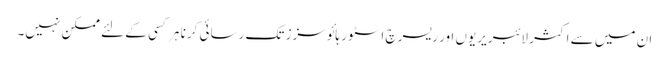
ان میں سے اکثر لائبریریوں اور ریسرچ اسٹور ہائوسزز تک رسائی کرنا ہر کسی کے لئے ممکن نہیں۔